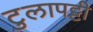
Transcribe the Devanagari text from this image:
टुलापट्टी